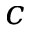
c